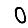
Digit: 0